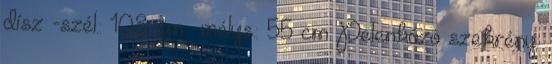
dísz -szél.: 108 cm -mélys.: 55 cm Pelenkázó szekrény: